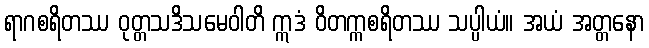
ရာဂစရိတဿ ဝုတ္တသဒိသမေဝါတိ ဣဒံ ဝိတက္ကစရိတဿ သပ္ပါယံ။ အယံ အတ္တနော